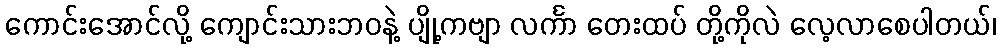
ကောင်းအောင်လို့ ကျောင်းသားဘဝနဲ့ ပျို့ကဗျာ လင်္ကာ တေးထပ် တို့ကိုလဲ လေ့လာစေပါတယ်၊